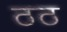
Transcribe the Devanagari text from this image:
ठठ